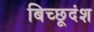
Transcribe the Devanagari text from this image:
बिच्छूदंश